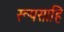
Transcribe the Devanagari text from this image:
रूपसाहि